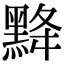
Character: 𪐿